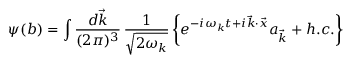
\psi ( b ) = \int \frac { d \vec { k } } { ( 2 \pi ) ^ { 3 } } \, \frac { 1 } { \sqrt { 2 \omega _ { k } } } \left\lbrace e ^ { - i \omega _ { k } t + i \vec { k } \cdot \vec { x } } a _ { \vec { k } } + h . c . \right\rbrace